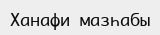
Ханафи мазһабы